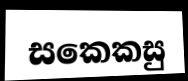
සකෙකසු